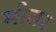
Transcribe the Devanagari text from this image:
मोतर